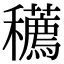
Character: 𥤆